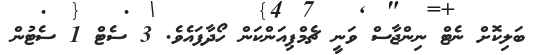
ބަލިކޮށް ނެޓް ނިންޖާސް ވަނީ ޗެމްޕިއަންކަން ހޯދާފައެވެ. 3 ސެޓް 1 ސެޓުން